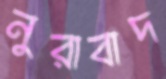
নুরাবাদ